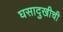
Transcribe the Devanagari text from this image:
घसादुखीची